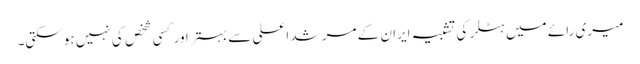
میری رائے میں ہٹلر کی تشبیہ ایران کے مرشد اعلی سے بہتر اور کسی شخص کی نہیں ہوسکتی۔